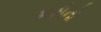
મરીનો